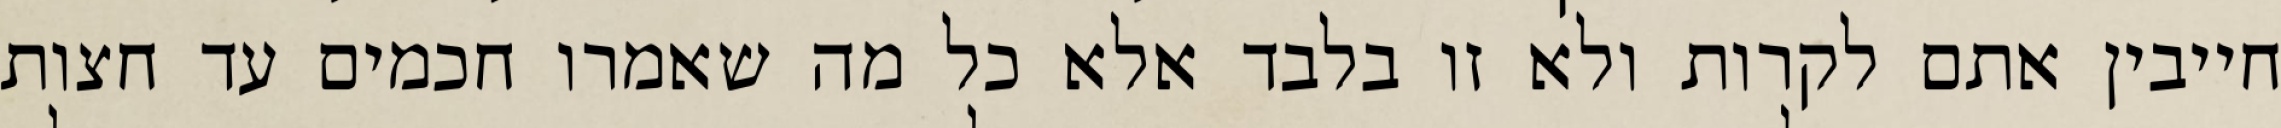
חייבין אתם לקרות ולא זו בלבד אלא כל מה שאמרו חכמים עד חצות